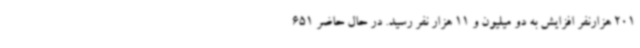
201 هزارنفر افزایش به دو میلیون و 11 هزار نفر رسید. در حال حاضر 651